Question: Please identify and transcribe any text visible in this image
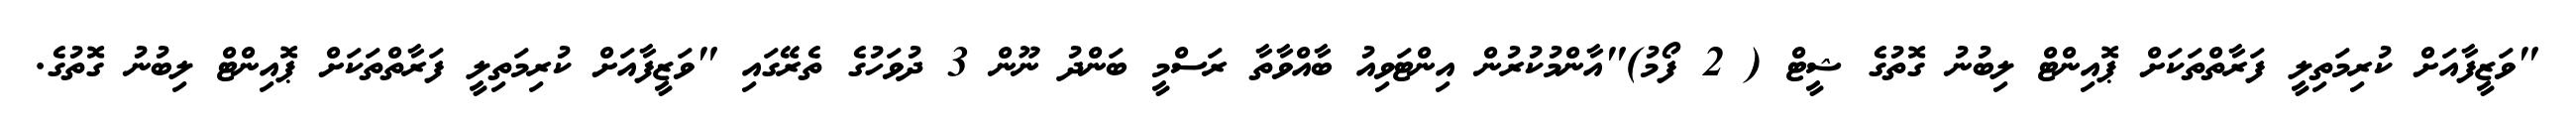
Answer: "ވަޒީފާއަށް ކުރިމަތިލީ ފަރާތްތަކަށް ޕޮއިންޓް ލިބުނު ގޮތުގެ ޝީޓް ( 2 ފޯމު)"އާންމުކުރުން އިންޓަވިއު ބާއްވާތާ ރަސްމީ ބަންދު ނޫން 3 ދުވަހުގެ ތެރޭގައި "ވަޒީފާއަށް ކުރިމަތިލީ ފަރާތްތަކަށް ޕޮއިންޓް ލިބުނު ގޮތުގެ.